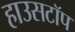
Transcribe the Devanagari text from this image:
हाउसटॉप